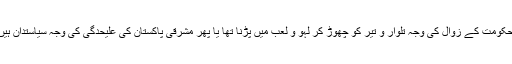
ان کی پالیسیاں نہیں یا پھر مغلیہ حکومت کے زوال کی وجہ تلوار و تیر کو چھوڑ کر لہو و لعب میں پڑنا تھا یا پھر مشرقی پاکستان کی علیحدگی کی وجہ سیاستدان ہیں جو بحران کا حل نہ نکال سکے۔